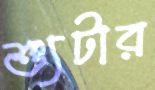
শ্যুটার